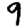
Digit: 9